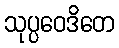
သုပ္ပဝေဒိတေ